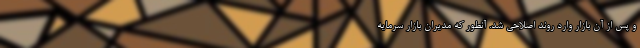
و پس از آن بازار وارد روند اصلاحی شد. آنطور که مدیران بازار سرمایه